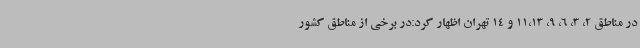
در مناطق 2، 3، 6، 9، 11،13 و 14 تهران اظهار کرد:در برخی از مناطق کشور